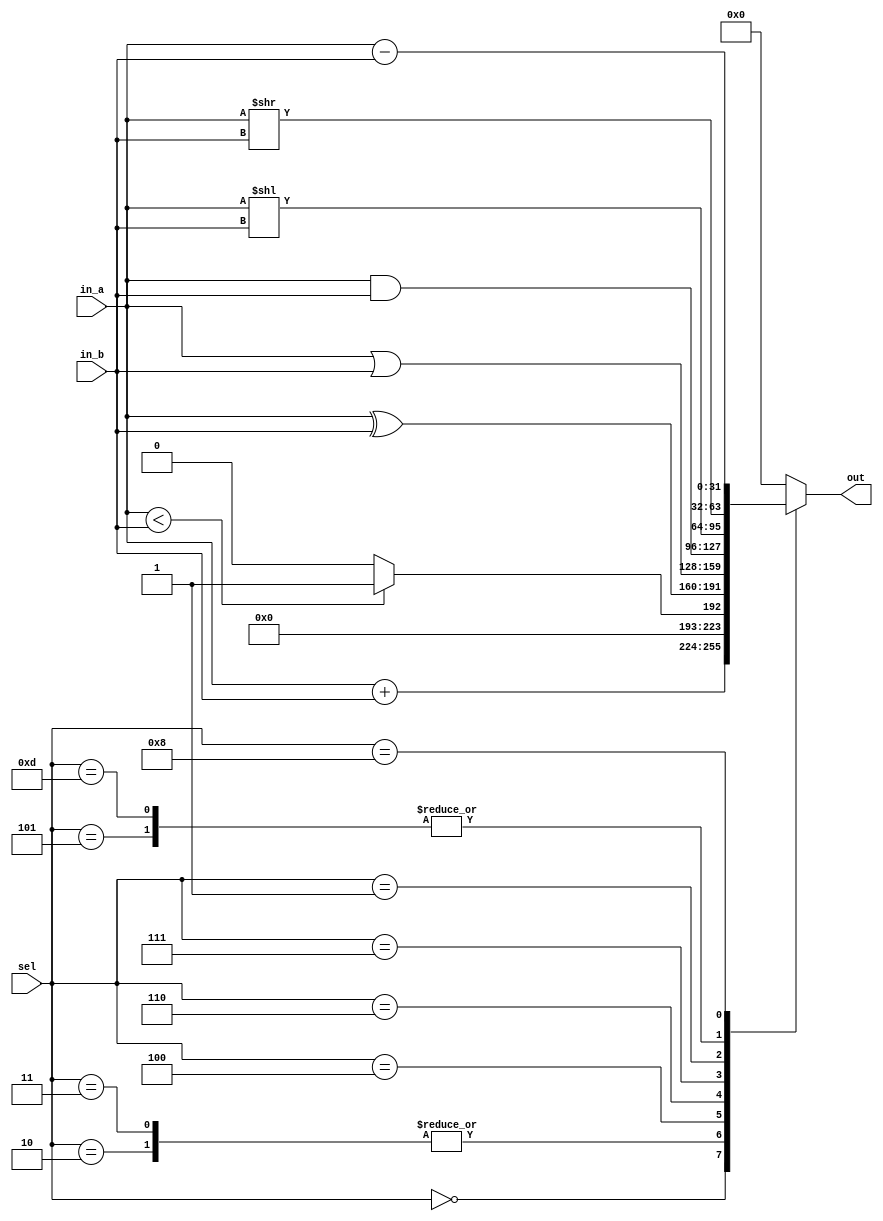
//! @file  rv32i_alu.v
//! @brief 

/// @brief 
module Alu(
    input wire [3:0] sel,
    input wire [31:0] in_a,
    input wire [31:0] in_b,
    output reg [31:0] out
    );

    wire [31:0] a_signed;
    wire [31:0] b_signed;
    assign a_signed = $signed(in_a);
    assign b_signed = $signed(in_b);

    always @ (*) begin
        case (sel)
            4'b0000: out = in_a + in_b;  //add, addi
            4'b0010: out = a_signed < b_signed ? 1 : 0;  // slt, slti
            4'b0011: out = in_a < in_b ? 1 : 0;  // sltu, sltiu
            4'b0100: out = in_a ^ in_b;  // xor, xori
            4'b0110: out = in_a | in_b;  // or, ori
            4'b0111: out = in_a & in_b;  // and, andi
            4'b0001: out = in_a << in_b;  // sll, slli
            4'b0101: out = in_a >> in_b;  // srl, srli
            4'b1101: out = a_signed >> in_b;  // sra, srai
            4'b1000: out = in_a - in_b;  // sub
            default: out = 32'h00000000;
        endcase
    end
endmodule